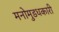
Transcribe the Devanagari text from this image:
मनोमुडधकारी